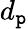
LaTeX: d_{\mathtt{p}}